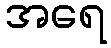
အရေ